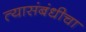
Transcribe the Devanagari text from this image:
त्यासंबंधीचा